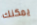
يمكنك